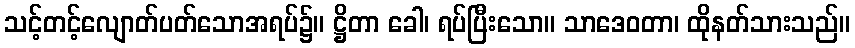
သင့်တင့်လျောတ်ပတ်သောအရပ်၌။ ဋ္ဌိတာ ခေါ၊ ရပ်ပြီးသော။ သာဒေဝတာ၊ ထိုနတ်သားသည်။